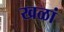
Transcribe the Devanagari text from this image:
खळां